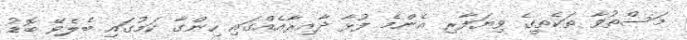
މަސްތުވާ ތަކެތީގެ ވިޔަފާރި އެންމެ ފުޅާ ދާއިރާއެއްގައި ހިންގާ ކަމުގައި ބެލެވޭ ބޮޑު